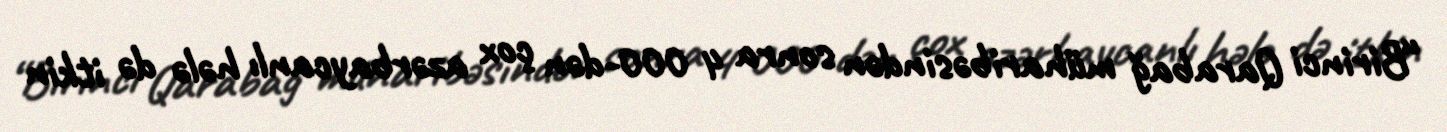
“Birinci Qarabağ müharibəsindən sonra 4 000-dən çox azərbaycanlı hələ də itkin